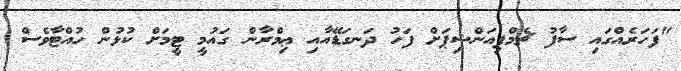
"ފަހަރެއްގައި ސާފު ޗެމްޕިއަންޝިޕަށް ފަހު ދަނގަޑޭއާއި ޢިމްރާން ގައުމީ ޓީމަށް ކުޅުން ހުއްޓާވެސް